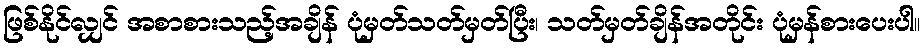
ဖြစ်နိုင်လျှင် အစာစားသည့်အချိန် ပုံမှတ်သတ်မှတ်ပြီး၊ သတ်မှတ်ချိန်အတိုင်း ပုံမှန်စားပေးပါ။